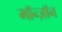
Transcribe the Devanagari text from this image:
मॉन्ज़ॉन